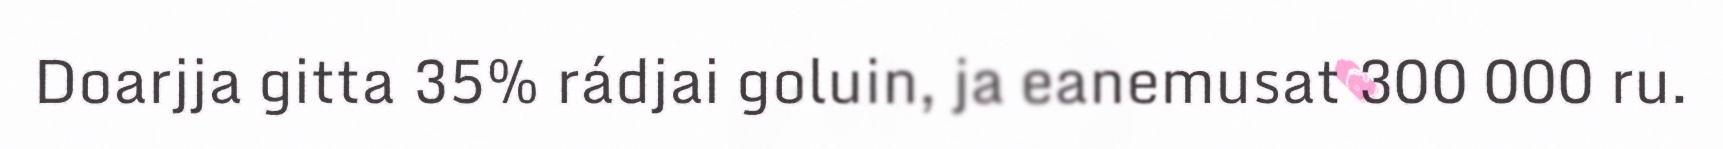
Doarjja gitta 35% rádjai goluin, ja eanemusat 300 000 ru.